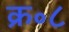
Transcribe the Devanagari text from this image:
क्र॰८